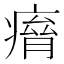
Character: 𤸾